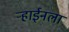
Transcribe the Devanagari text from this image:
ऱ्हाईनला